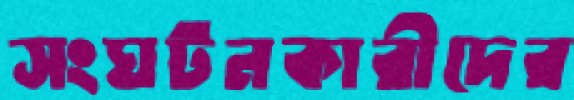
সংঘটনকারীদের